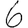
Digit: 6